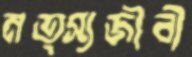
মত্স্যজীবী